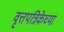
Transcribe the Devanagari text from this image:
वृत्तपत्रिकेच्या